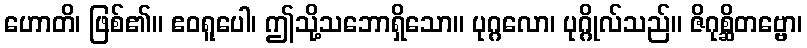
ဟောတိ၊ ဖြစ်၏။ ဧဝရူပေါ၊ ဤသို့သဘောရှိသော။ ပုဂ္ဂလော၊ ပုဂ္ဂိုလ်သည်။ ဇိဂုစ္ဆိတဗ္ဗော၊